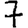
Digit: 7